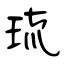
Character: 琉